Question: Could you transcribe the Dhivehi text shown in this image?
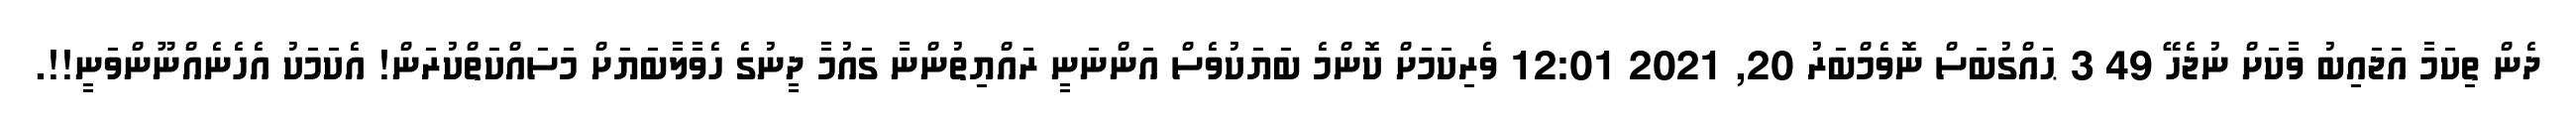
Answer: ދެން ތިކަމާ އަޖައިބު ވާކަށް ނުޖެހޭ 49 3 ޙައްގުބަސް ނޮވެމްބަރު 20, 2021 12:01 ވެރިކަމަށް ކޮންމެ ބަޔަކުވެސް އަންނަނީ ރައްޔިތުންނާ ގައުމާ ދީނުގެ ހެވާލާބަޔަށް މަސައްކަތްކުރަން! އެކަމަކު އެހެނެއްނޫންވަނީ!!.